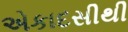
એકાદસીથી